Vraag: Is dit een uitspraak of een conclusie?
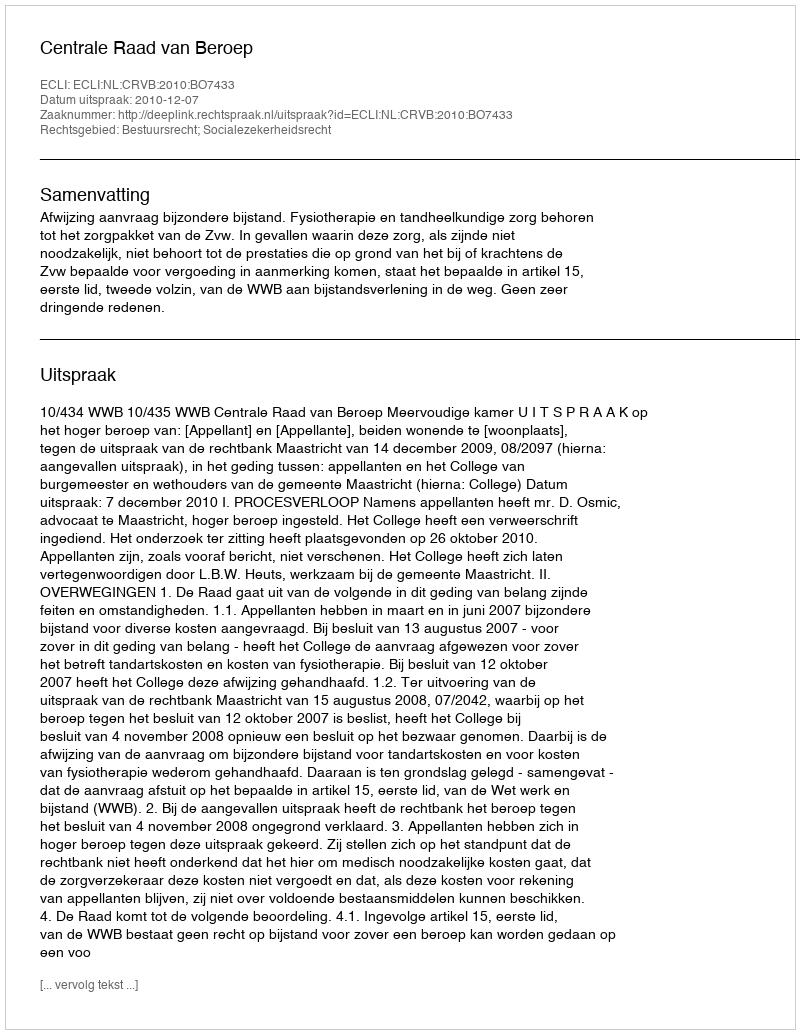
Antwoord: Uitspraak